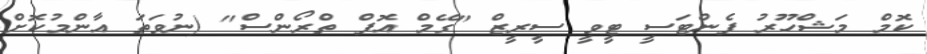
ކޮމް މަޝްހޫރު ފެންޓަސީ ޓީވީ ސީރީޒް "ގޭމް އޮފް ތްރޯންސް" (ނުވަތަ އާންމުކޮށް